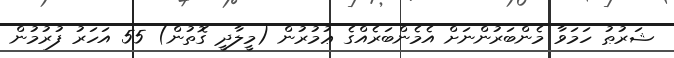
ޝަރުޠު ހަމަވާ މެންބަރުންނަށް އެމެންބަރެއްގެ ޢުމުރުން (މީލާދީ ގޮތުން) 55 އަހަރު ފުރުމުން